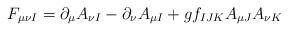
LaTeX: \begin{align*}F_{\mu\nu I} = \partial_{\mu}A_{\nu I} - \partial_{\nu}A_{\mu I} + gf_{IJK} A_{\mu J}A_{\nu K}\end{align*}